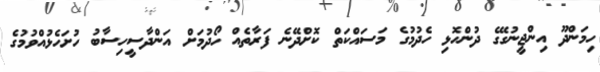
ހިމަންދޫ އިންޖީނުގޭގެ ދުންހޮޅި ހެދުމުގެ މަސައްކަތް ކޮށްދޭނެ ފަރާތެއް ހޯދުމަށް އަންދާސީހިސާބު ހުށަހެޅުއްވުމުގެ